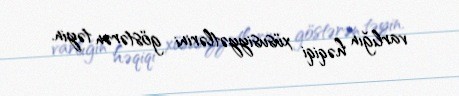
varlığın həqiqi xüsusiyyətlərini göstərən təyin.